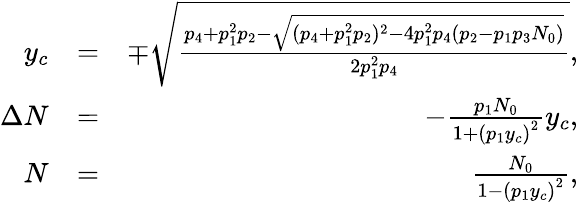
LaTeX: \begin{array}{rlr}{y_{c}}&{=}&{\mp\sqrt{\frac{p_{4}+p_{1}^{2}p_{2}-\sqrt{(p_{4}+p_{1}^{2}p_{2})^{2}-4p_{1}^{2}p_{4}(p_{2}-p_{1}p_{3}N_{0})}}{2p_{1}^{2}p_{4}}},}\\ {\Delta N}&{=}&{-\frac{p_{1}N_{0}}{1+\left(p_{1}y_{c}\right)^{2}}y_{c},}\\ {N}&{=}&{\frac{N_{0}}{1-\left(p_{1}y_{c}\right)^{2}},}\end{array}